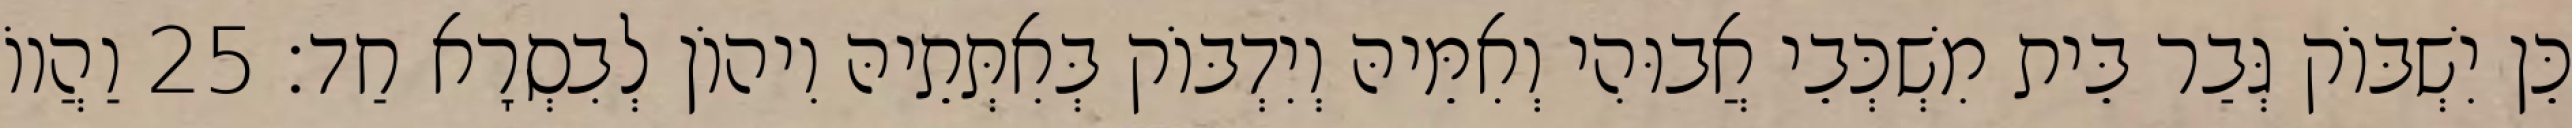
כֵּן יִשְׁבּוֹק גְּבַר בֵּית מִשְׁכְּבֵי אֲבוּהִי וְאִמֵּיהּ וְיִדְבּוֹק בְּאִתְּתֵיהּ וִיהוֹן לְבִסְרָא חַד׃ 25 וַהֲווֹ